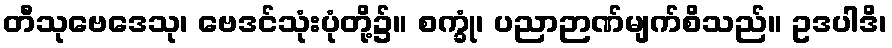
တီသုဗေဒေသု၊ ဗေဒင်သုံးပုံတို့၌။ စက္ခုံ၊ ပညာဉာဏ်မျက်စိသည်။ ဥဒပါဒိ၊